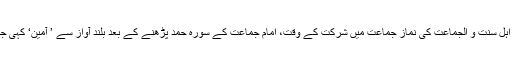
برادران اہل سنت و الجماعت کی نماز جماعت میں شرکت کے وقت، امام جماعت کے سورہ حمد پڑھنے کے بعد بلند آواز سے ’ آمین‘ کہی جاتی ہے۔